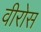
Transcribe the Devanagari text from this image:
वीरोस